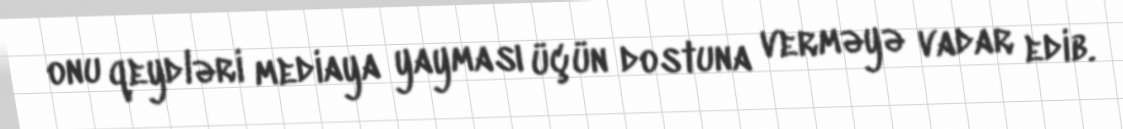
onu qeydləri mediaya yayması üçün dostuna verməyə vadar edib.